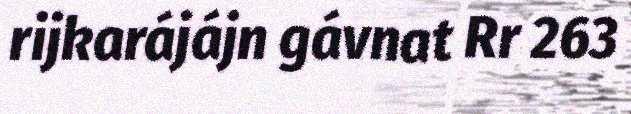
rijkarájájn gávnat Rr 263